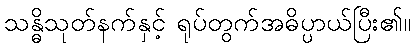
သန္ဓိသုတ်နက်နှင့် ရုပ်တွက်အဓိပ္ပာယ်ပြီး၏။